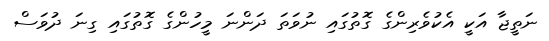
ނަތީޖާ އަކީ އެކުވެރިންގެ ގޮތުގައި ނުވަތަ ދަންނަ މީހުންގެ ގޮތުގައި ގިނަ ދުވަސް